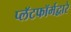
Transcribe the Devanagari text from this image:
प्लॅटफॉर्मद्वारे